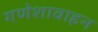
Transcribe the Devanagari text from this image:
गणेशावाहन